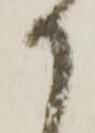
か